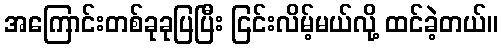
အကြောင်းတစ်ခုခုပြပြီး ငြင်းလိမ့်မယ်လို့ ထင်ခဲ့တယ်။